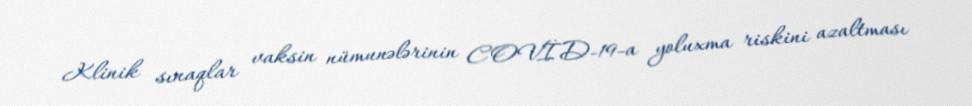
Klinik sınaqlar vaksin nümunələrinin COVİD-19-a yoluxma riskini azaltması